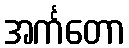
အင်္ကတော